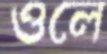
ওলে